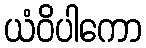
ယံဝိပါကော